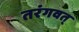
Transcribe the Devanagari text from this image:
तरंगवत्